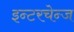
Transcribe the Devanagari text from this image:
इन्टरचेन्ज